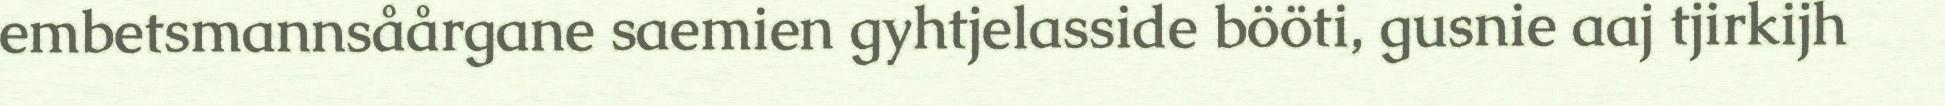
embetsmannsåårgane saemien gyhtjelasside bööti, gusnie aaj tjirkijh